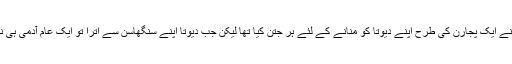
اس نے ایک پجارن کی طرح اپنے دیوتا کو منانے کے لئے ہر جتن کیا تھا لیکن جب دیوتا اپنے سنگھاسن سے اترا تو ایک عام آدمی ہی نکلا۔